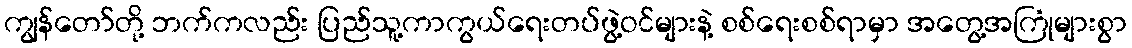
ကျွန်တော်တို့ ဘက်ကလည်း ပြည်သူ့ကာကွယ်ရေးတပ်ဖွဲ့ဝင်များနဲ့ စစ်ရေးစစ်ရာမှာ အတွေ့အကြုံများစွာ